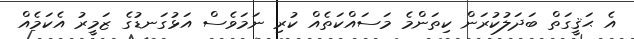
އެ ޙަޤީގަތް ބަދަލުކުރަން ކިތަންމެ މަސައްކަތެއް ކުރި ނަމަވެސް އަޅުގަނޑުގެ ޒަމީރު އެކަމެއް